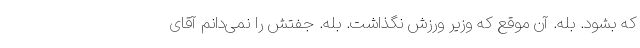
که بشود. بله. آن موقع که وزیر ورزش نگذاشت. بله. جفتش را نمی‌دانم آقای